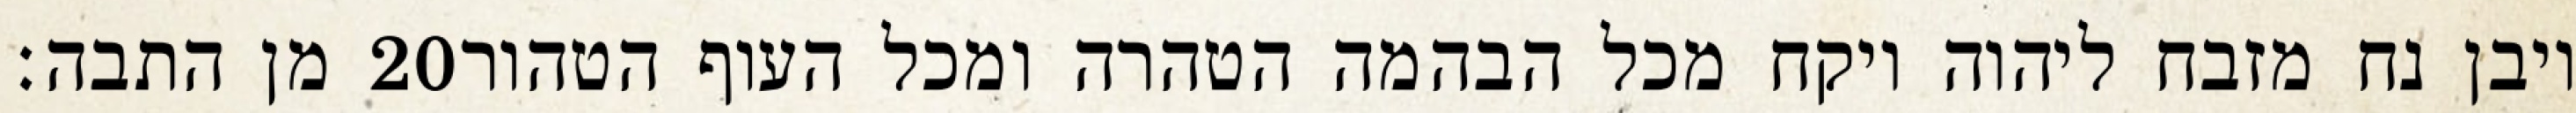
מן התבה׃ ‎20‏ ויבן נח מזבח ליהוה ויקח מכל הבהמה הטהרה ומכל העוף הטהור